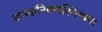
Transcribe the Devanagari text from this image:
कनकनिकषस्निग्धया